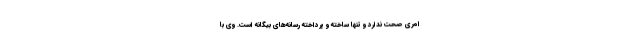
امری صحت ندارد و تنها ساخته و پرداخته رسانه‌های بیگانه است. وی با